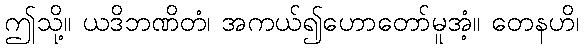
ဤသို့။ ယဒိဘဏိတံ၊ အကယ်၍ဟောတော်မူအံ့။ တေနဟိ၊